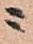
ニ